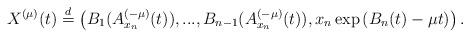
LaTeX: \begin{align*}X^{(\mu)}(t)\stackrel{d}{=}\left(B_1(A^{(-\mu)}_{x_n}(t)),...,B_{n-1}(A^{(-\mu)}_{x_n}(t)),x_n \exp\left(B_n(t)- \mu t\right)\right).\end{align*}